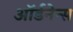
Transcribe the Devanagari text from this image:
ऑर्डनेन्स